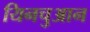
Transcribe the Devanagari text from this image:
यिनचुआन